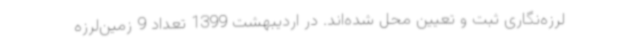
لرزه‌نگاری ثبت و تعیین محل شده‌اند. در اردیبهشت 1399 تعداد 9 زمین‌لرزه